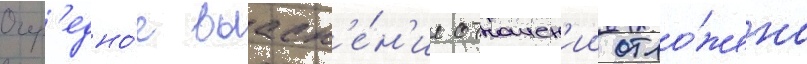
Очер'едно́е выасн'е́н'ие отношен'ии отло́жено